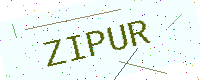
Text: ZIPUR